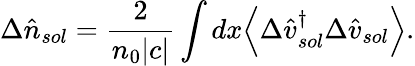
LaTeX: \Delta\hat{n}_{sol}=\frac{2}{n_{0}|c|}\int dx\Big<\Delta\hat{v}_{sol}^{\dagger}\Delta\hat{v}_{sol}\Big>.